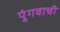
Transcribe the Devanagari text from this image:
पुंगवाची